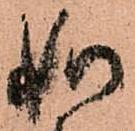
如